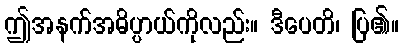
ဤအနက်အဓိပ္ပာယ်ကိုလည်း။ ဒီပေတိ၊ ပြ၏။